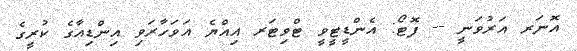
އޮނަރ އަރުވަނީ -- ފޮޓޯ: އެންޑީޓީވީ ޓްވިޓަރ އިއްޔެ އަވަހާރަވި އިންޑިއާގެ ކުރީގެ